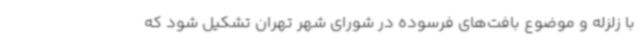
با زلزله و موضوع بافت‌های فرسوده در شورای شهر تهران تشکیل شود که